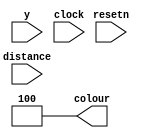
module ObjectNone (
	y,
	distance,
	colour,
	resetn,
	clock
);

	input clock, resetn;
	input [6:0] y;
	input [3:0] distance;
	
	output reg [2:0] colour;
	
	always @(clock) begin
		if(!resetn) colour <= 3'b100;
		else colour <= 3'b100;
	end
endmodule

module ObjectBench (
	y,
	distance,
	colour,
	resetn,
	clock
);

	input clock, resetn;
	input [6:0] y;
	input [3:0] distance;
	
	output reg [2:0] colour;
	
	always @(clock) begin
		if(!resetn) colour <= 3'b011;
		else if(distance <= 1 || distance >= 10 || y < 75) colour <= 3'b011;
		else if (distance < 4 || distance > 7) colour <= 3'b101;
		else if (y < 78) colour <= 3'b101;
		else colour <= 3'b011;
	end
endmodule

module ObjectTree (
	y,
	distance,
	colour,
	resetn,
	clock
);
	
	input clock, resetn;
	input [6:0] y;
	input [3:0] distance;
	
	output reg [2:0] colour;
	
	always @(clock) begin
		if(!resetn) colour <= 3'b011;
		else if(distance <= 1 || distance >= 6 || y < 65) colour <= 3'b011;
		else colour <= 3'b100;
	end
endmodule